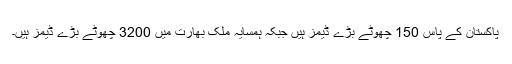
پاکستان کے پاس 150 چھوٹے بڑے ڈیمز ہیں جبکہ ہمسایہ ملک بھارت میں 3200 چھوٹے بڑے ڈیمز ہیں۔